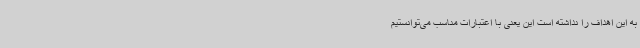
به این اهداف را نداشته است این یعنی با اعتبارات مناسب می‌توانستیم